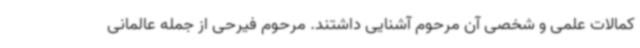
کمالات علمی و شخصی آن مرحوم آشنایی داشتند. مرحوم فیرحی از جمله عالمانی